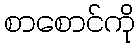
စာစောင်ကို